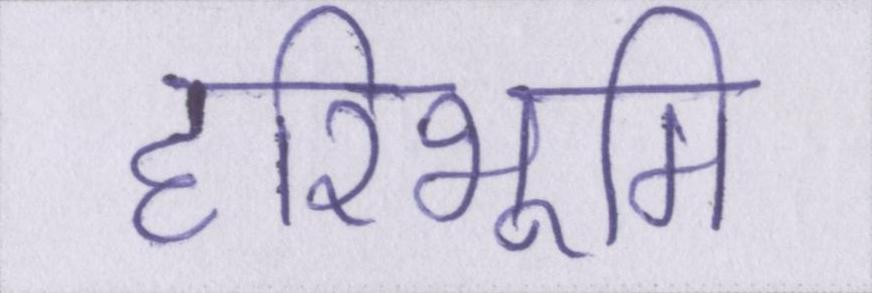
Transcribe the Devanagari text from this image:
हरिभूमि